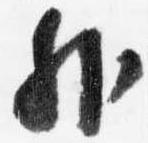
外